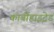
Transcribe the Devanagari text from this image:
कार्बोहाइट्रेड